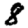
Digit: 8